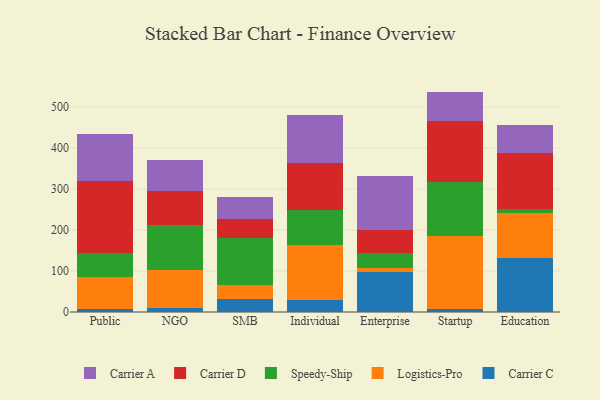
{"axis": {"x": "Segment", "y": "Latency (ms)"}, "legend": ["Carrier A", "Carrier C", "Carrier D", "Logistics-Pro", "Speedy-Ship"], "data": [{"x": "Public", "y": 8.5, "type": "Carrier C"}, {"x": "Public", "y": 77.4, "type": "Logistics-Pro"}, {"x": "Public", "y": 58.5, "type": "Speedy-Ship"}, {"x": "Public", "y": 175.8, "type": "Carrier D"}, {"x": "Public", "y": 114.1, "type": "Carrier A"}, {"x": "NGO", "y": 8.6, "type": "Carrier C"}, {"x": "NGO", "y": 93.6, "type": "Logistics-Pro"}, {"x": "NGO", "y": 109.0, "type": "Speedy-Ship"}, {"x": "NGO", "y": 84.7, "type": "Carrier D"}, {"x": "NGO", "y": 74.1, "type": "Carrier A"}, {"x": "SMB", "y": 32.5, "type": "Carrier C"}, {"x": "SMB", "y": 34.0, "type": "Logistics-Pro"}, {"x": "SMB", "y": 114.1, "type": "Speedy-Ship"}, {"x": "SMB", "y": 45.4, "type": "Carrier D"}, {"x": "SMB", "y": 55.2, "type": "Carrier A"}, {"x": "Individual", "y": 28.1, "type": "Carrier C"}, {"x": "Individual", "y": 135.7, "type": "Logistics-Pro"}, {"x": "Individual", "y": 84.8, "type": "Speedy-Ship"}, {"x": "Individual", "y": 113.7, "type": "Carrier D"}, {"x": "Individual", "y": 117.9, "type": "Carrier A"}, {"x": "Enterprise", "y": 96.4, "type": "Carrier C"}, {"x": "Enterprise", "y": 11.5, "type": "Logistics-Pro"}, {"x": "Enterprise", "y": 36.3, "type": "Speedy-Ship"}, {"x": "Enterprise", "y": 56.6, "type": "Carrier D"}, {"x": "Enterprise", "y": 131.9, "type": "Carrier A"}, {"x": "Startup", "y": 7.6, "type": "Carrier C"}, {"x": "Startup", "y": 177.8, "type": "Logistics-Pro"}, {"x": "Startup", "y": 131.2, "type": "Speedy-Ship"}, {"x": "Startup", "y": 149.4, "type": "Carrier D"}, {"x": "Startup", "y": 71.6, "type": "Carrier A"}, {"x": "Education", "y": 131.7, "type": "Carrier C"}, {"x": "Education", "y": 108.9, "type": "Logistics-Pro"}, {"x": "Education", "y": 11.0, "type": "Speedy-Ship"}, {"x": "Education", "y": 136.0, "type": "Carrier D"}, {"x": "Education", "y": 67.7, "type": "Carrier A"}]}